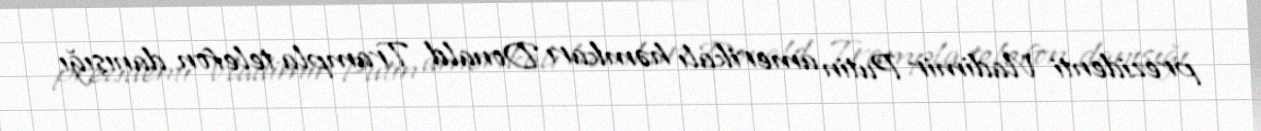
prezidenti Vladimir Putin amerikalı həmkarı Donald Trampla telefon danışığı